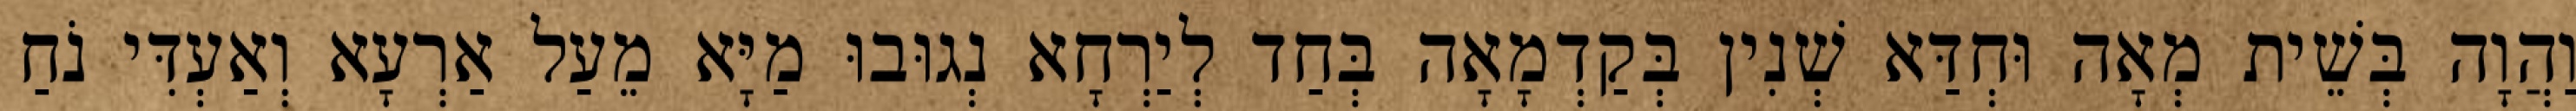
וַהֲוָה בְּשֵׁית מְאָה וּחְדַּא שְׁנִין בְּקַדְמָאָה בְּחַד לְיַרְחָא נְגוּבוּ מַיָּא מֵעַל אַרְעָא וְאַעְדִּי נֹחַ